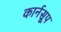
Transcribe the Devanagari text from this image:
कार्नसूप